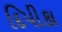
દિપીકા